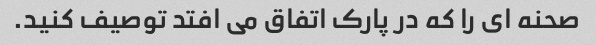
صحنه ای را که در پارک اتفاق می افتد توصیف کنید.